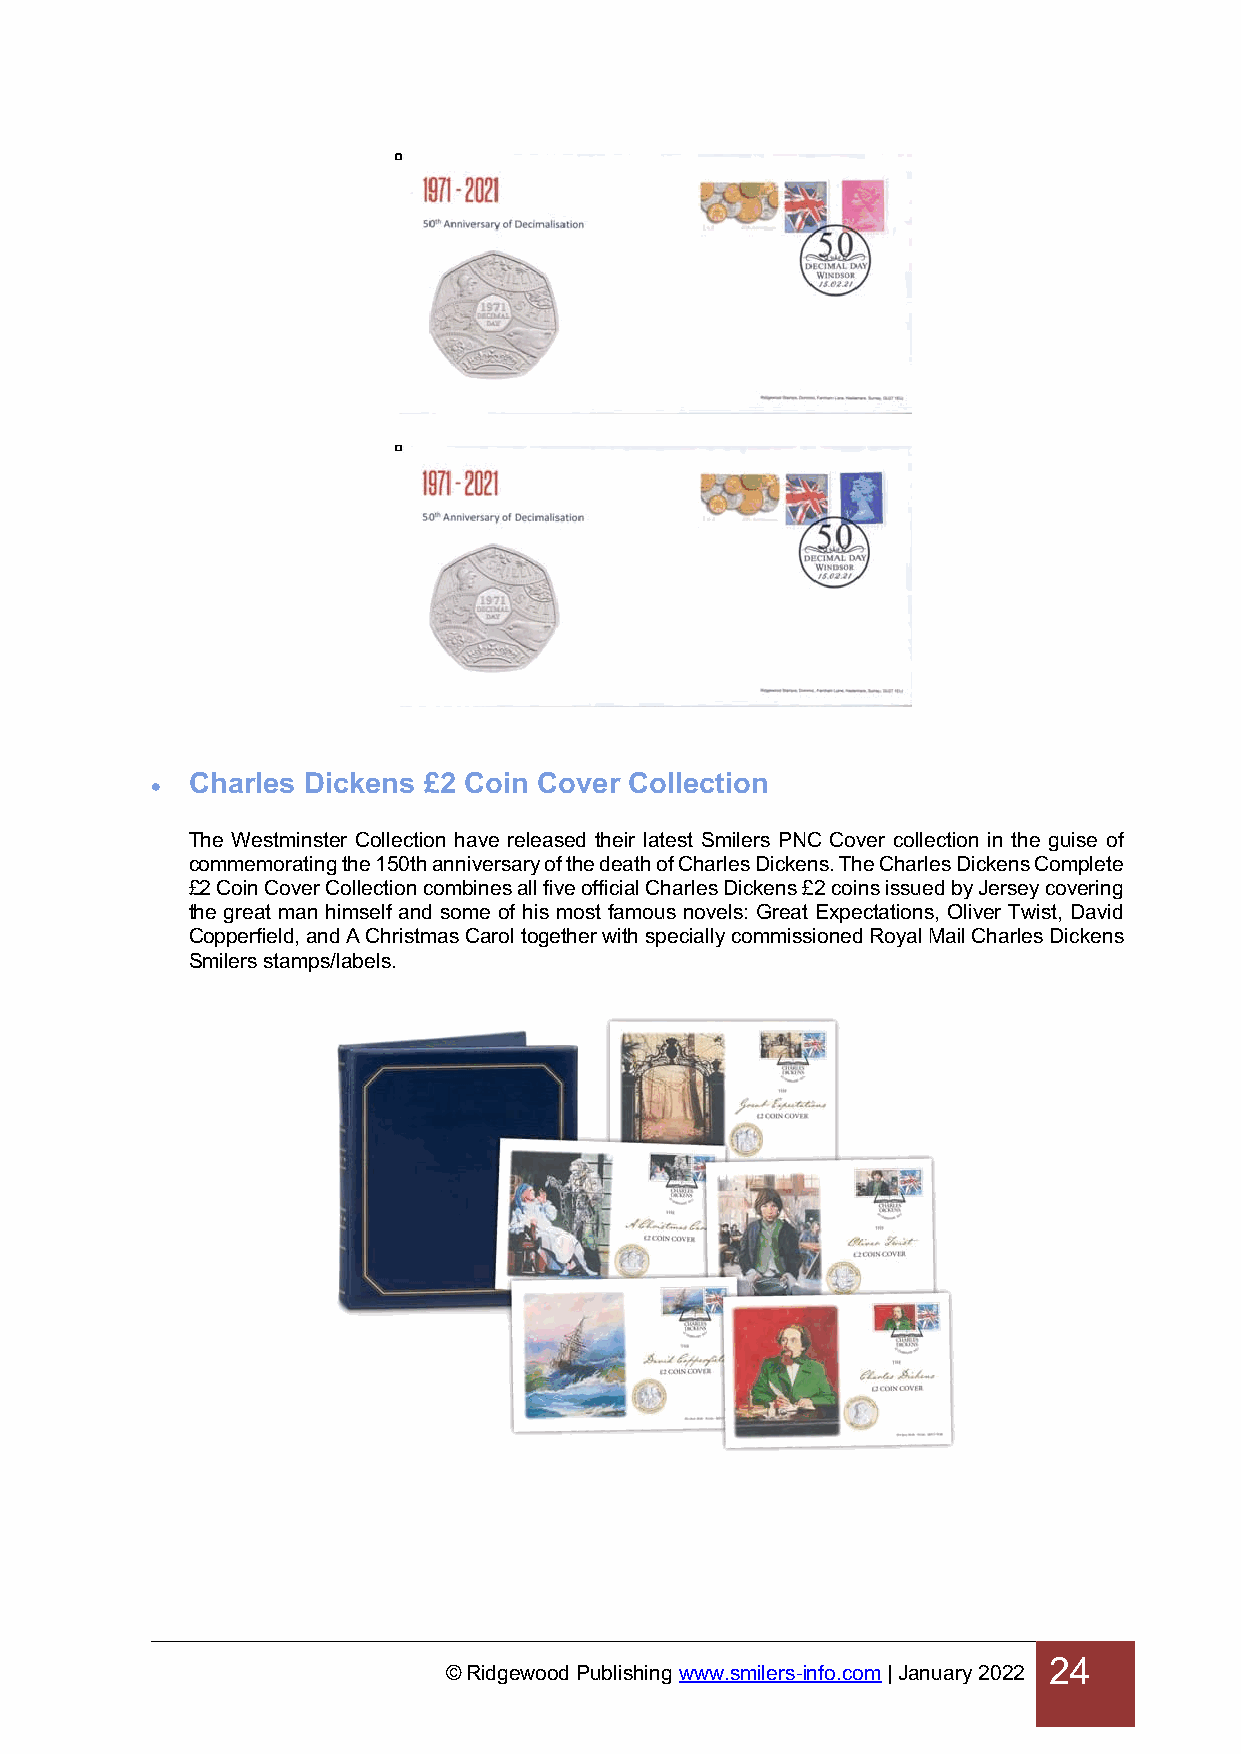
Charles Dickens £2 Coin Cover Collection
 •
 The Westminster Collection have released their latest Smilers PNC Cover collection in the guise of
 commemorating the 150th anniversary of the death of Charles Dickens. The Charles Dickens Complete
 £2 Coin Cover Collection combines all five official Charles Dickens £2 coins issued by Jersey covering
 the great man himself and some of his most famous novels: Great Expectations, Oliver Twist, David
 Copperfield, and A Christmas Carol together with specially commissioned Royal Mail Charles Dickens
 Smilers stamps/labels.
 24
 © Ridgewood Publishing www.smilers-info.com | January 2022